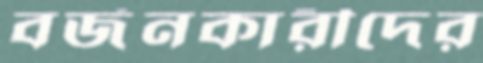
বর্জনকারীদের